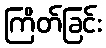
ကြိတ်ခြင်း